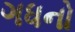
ગધનો